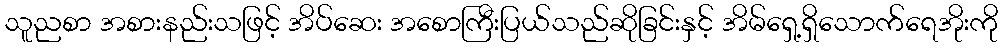
သူညစာ အစားနည်းသဖြင့် အိပ်ဆေး အစောကြီးပြယ်သည်ဆိုခြင်းနှင့် အိမ်ရှေ့ရှိသောက်ရေအိုးကို